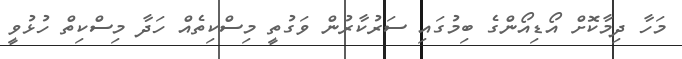
މަހާ ދިމާކޮށް އޯޑިއޯންގެ ބިމުގައި ސަރުކާރުން ވަގުތީ މިސްކިތެއް ހަދާ މިސްކިތް ހުޅުވީ